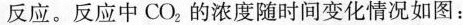
反应。反应中CO_{2}的浓度随时间变化情况如图：